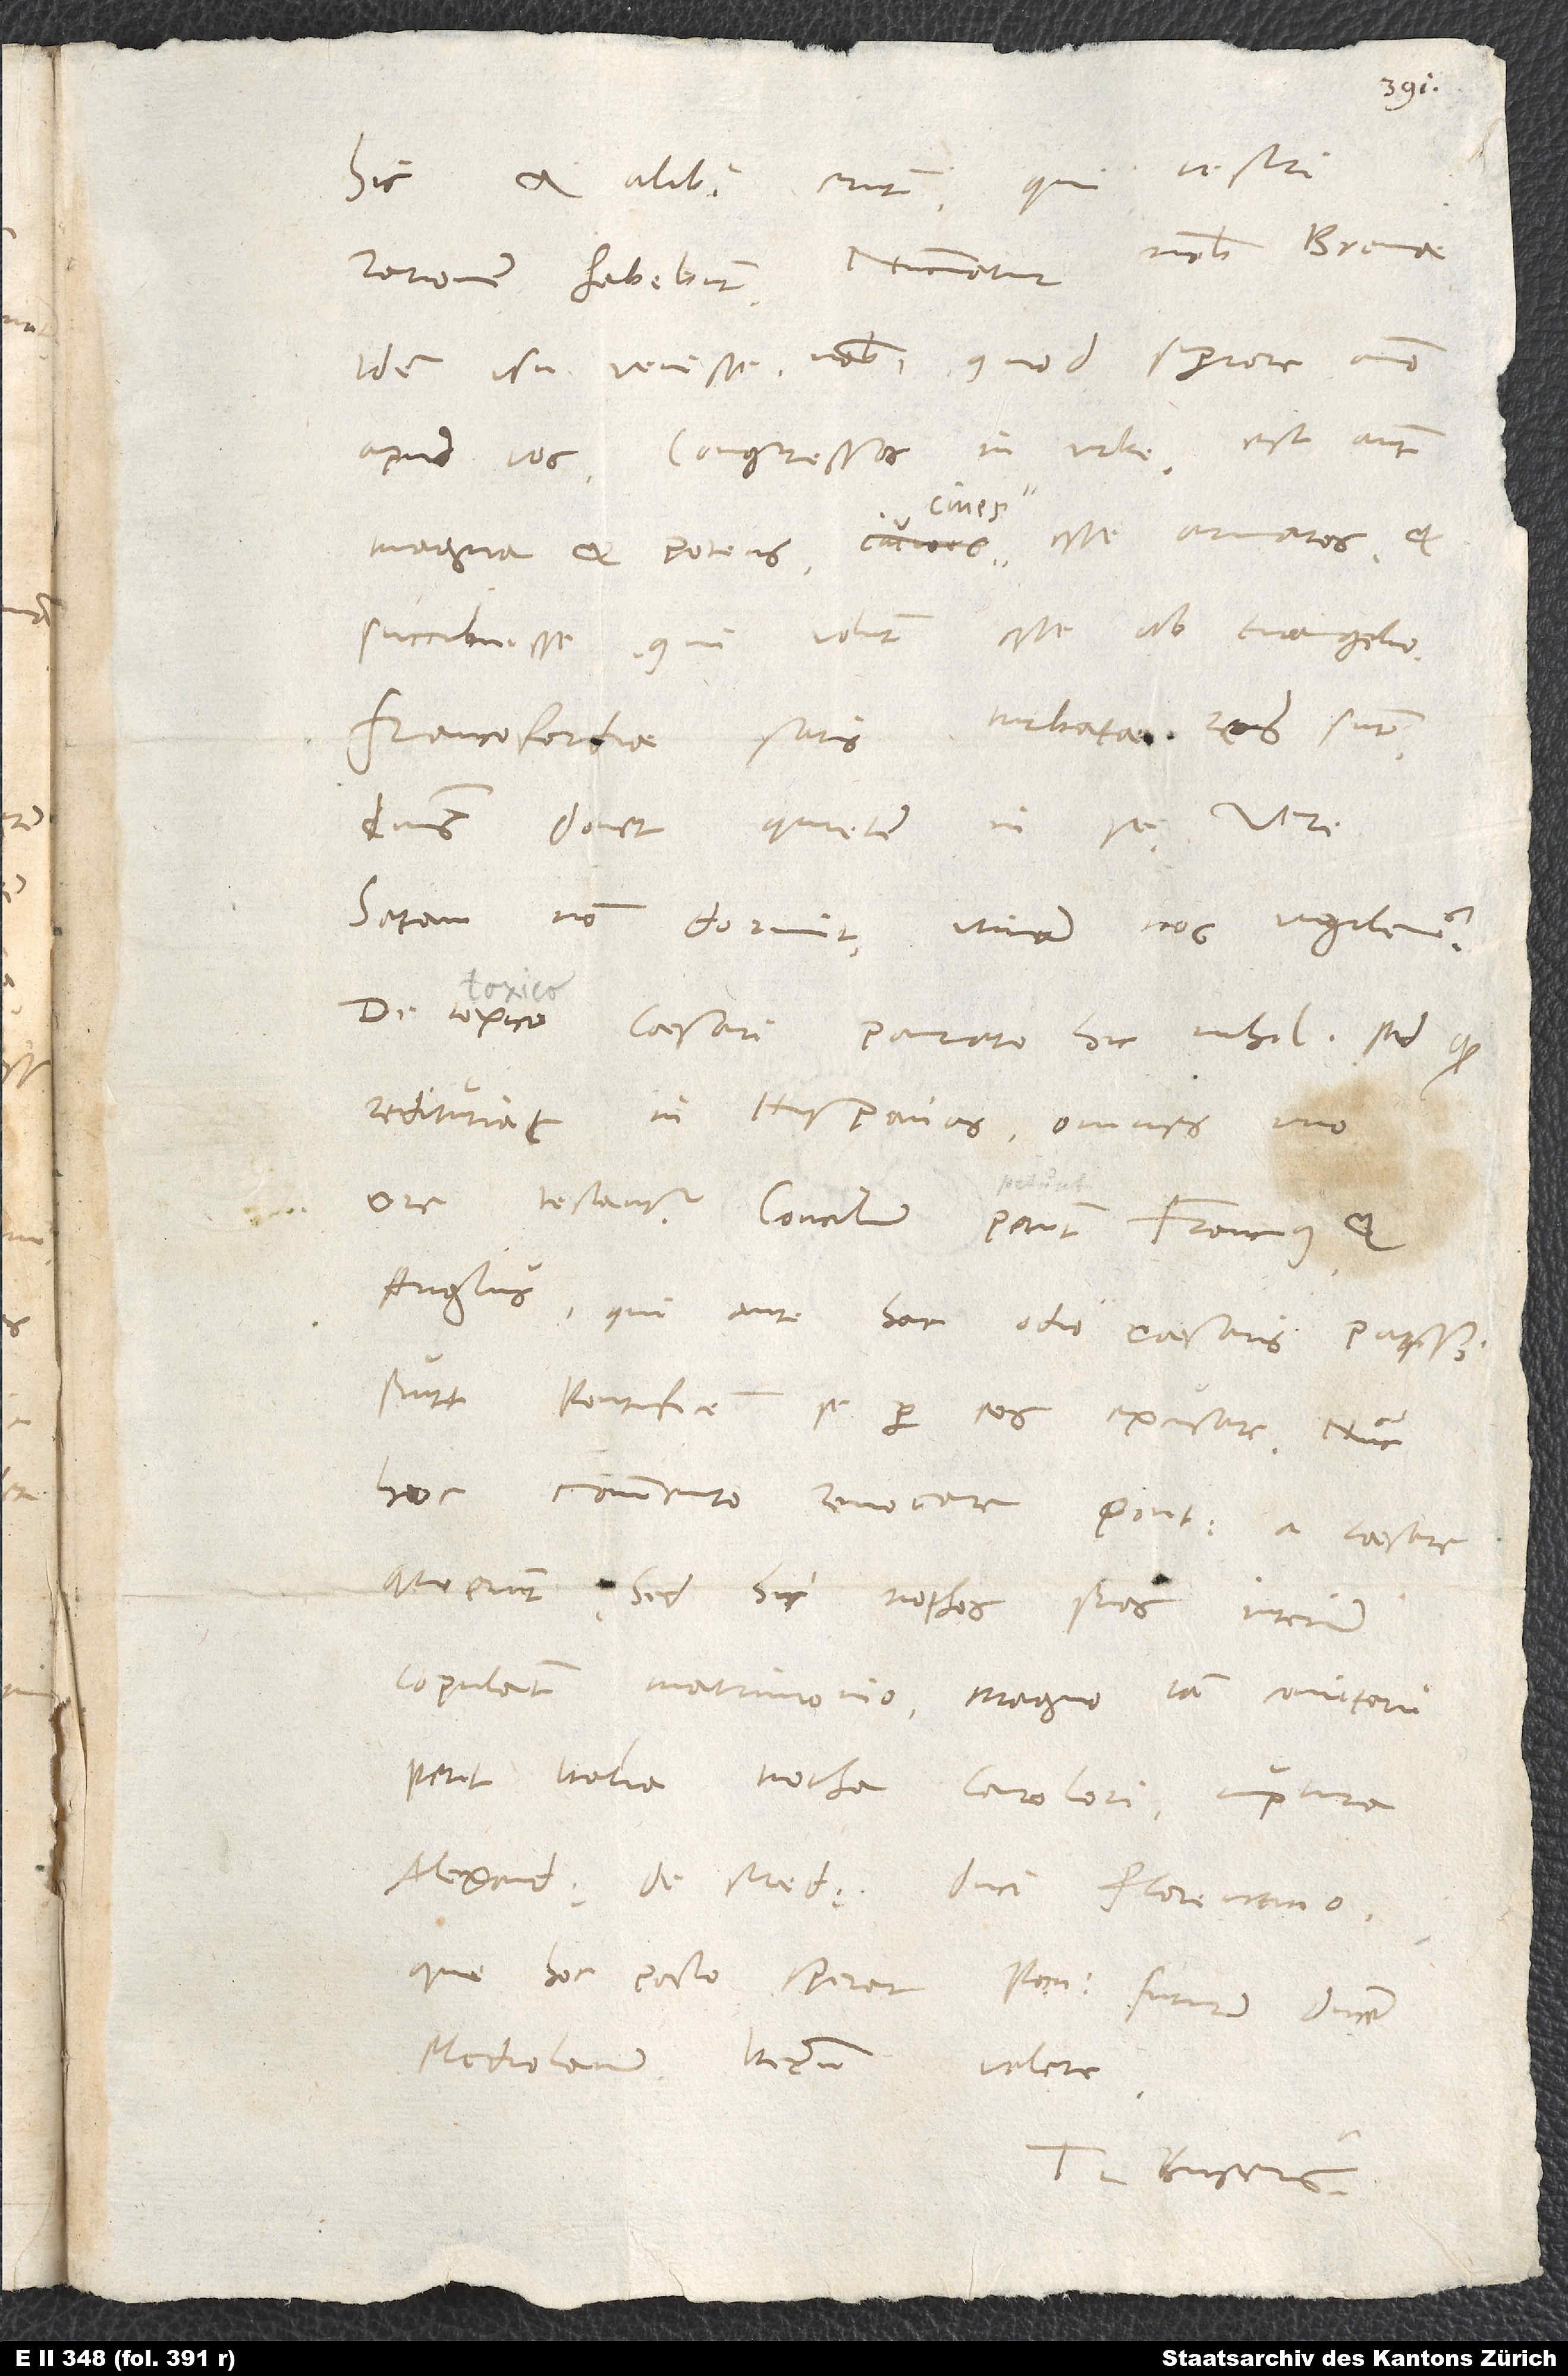
hic et alibi erunt, qui vestri
Nunciatur nobis Bremae
rationem habebunt.
idem usu vensse nobis, quod superiore anno
apud vos: congressos in urbe - est autem
magna et potens - cives esse armatos, et
succubuisse, qui volunt esse ab evangelio.
Francofordiae satis turbatae res sunt.
Dominus donet quietem in se. Vere
satan non dormit. Utinam nos vigilemus.
De toxico caesari parato hic nihil, sed quod
redituriat in Hispanias, omnes uno
ore testantur. Concilium petunt Francus et
Anglus; qui ante hac odio caesaris passi
sunt pontificem se per eos excusare, nunc
hoc commento revocare pontificem a caesare
querunt. Sed hi nothos suos interim
petit Italiam notha Caroli nuptura
Alexandro de Medicis, duci Florentino,
qui hoc pacto sperat ponfuturum ducem